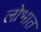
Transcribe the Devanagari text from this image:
लोभात